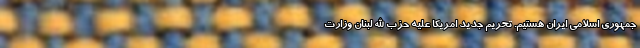
جمهوری اسلامی ایران هستیم. تحریم جدید امریکا علیه حزب الله لبنان وزارت